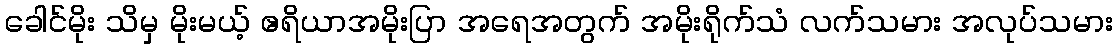
ခေါင်မိုး သိမှ မိုးမယ့် ဧရိယာအမိုးပြာ အရေအတွက် အမိုးရိုက်သံ လက်သမား အလုပ်သမား